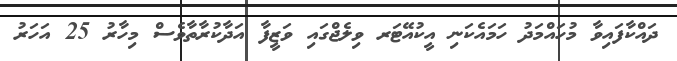
ދައްކާފައިވާ މުހައްމަދު ހަމައެކަނި އީކުއޭޓަރ ވިލެޖްގައި ވަޒީފާ އަދާކުރާތާވެސް މިހާރު 25 އަހަރު